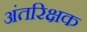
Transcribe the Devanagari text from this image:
अंतरिक्षक